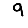
Digit: 9